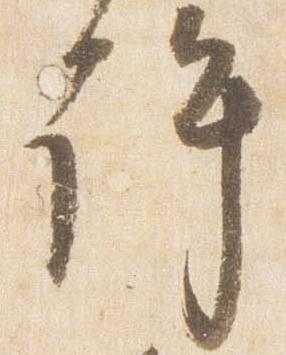
許